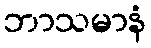
ဘာသမာနံ